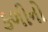
કળીનો